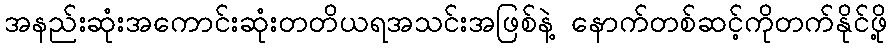
အနည်းဆုံးအကောင်းဆုံးတတိယရအသင်းအဖြစ်နဲ့ နောက်တစ်ဆင့်ကိုတက်နိုင်ဖို့